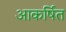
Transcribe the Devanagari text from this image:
आकर्षित